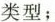
类型；